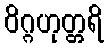
ဝိဂ္ဂဟုတ္တရိ